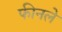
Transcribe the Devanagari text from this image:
फीनले